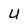
Character: U